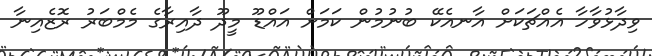
ވިދާޅުވާހާ އެއްޗަކަށް އާނއެކޭ ބުނުމުން ކަމަށް އައްޑޫ މީދޫ ދާއިރާގެ މެމްބަރު ރޮޒެއިނާ